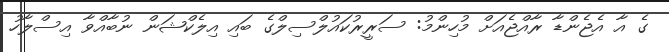
ގެ އާ އެޖެންޑާ ރާއްޖެއަށް މުހިންމު: ސަރީރުކައުލްސިލްގެ ބައި އިލެކްޝަން ނުބާއްވާ އިސްލާހު